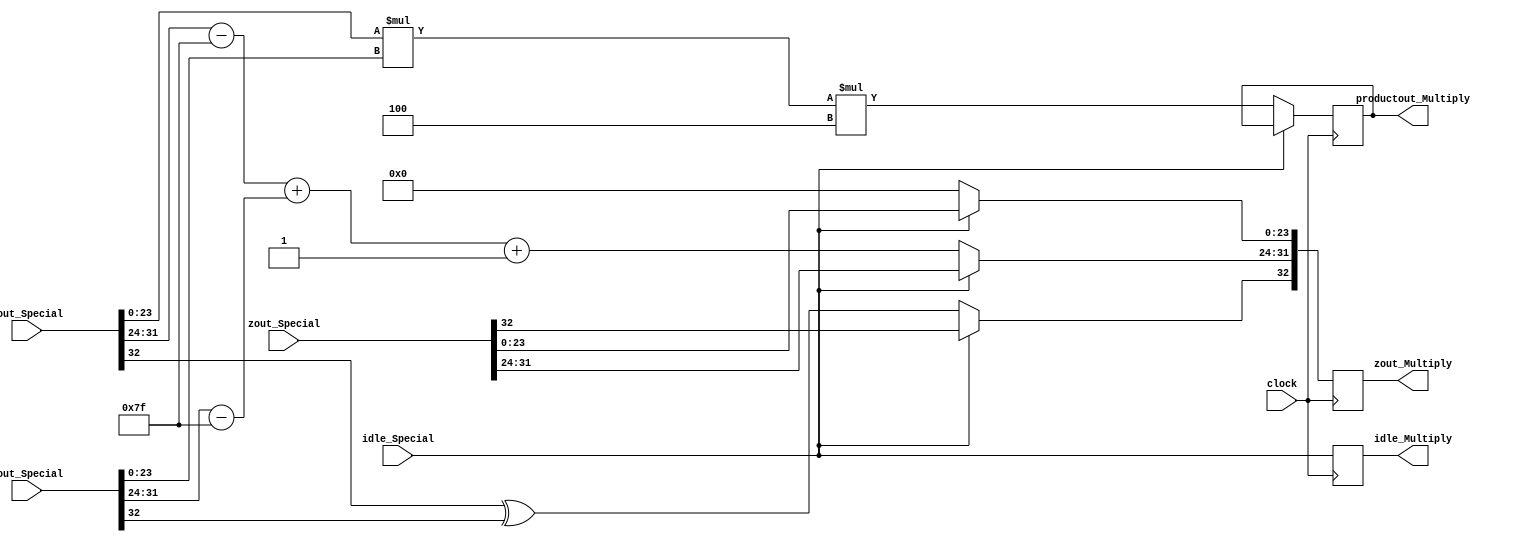
`timescale 1ns / 1ps
//////////////////////////////////////////////////////////////////////////////////
// Company: 
// Engineer: 
// 
// Design Name: 
// Module Name:    MultiplyMult 
// Project Name: 
// Target Devices: 
// Tool versions: 
// Description: 
//
// Dependencies: 
//
// Revision: 
// Revision 0.01 - File Created
// Additional Comments: 
//
//////////////////////////////////////////////////////////////////////////////////
module MultiplyMult(
	input [32:0] aout_Special,
	input [32:0] bout_Special,
	input [32:0] zout_Special,
	input idle_Special,
	input clock,
	output reg idle_Multiply,
	output reg [32:0] zout_Multiply,
	output reg [49:0] productout_Multiply
    );

parameter no_idle = 1'b0,
			 put_idle = 1'b1;

wire a_sign;
wire [7:0] a_exponent;
wire [23:0] a_mantissa;

wire b_sign;
wire [7:0] b_exponent;
wire [23:0] b_mantissa;

assign a_sign = aout_Special[32];
assign a_exponent = aout_Special[31:24] - 127;
assign a_mantissa = {aout_Special[23:0]};

assign b_sign = bout_Special[32];
assign b_exponent = bout_Special[31:24] - 127;
assign b_mantissa = {bout_Special[23:0]};

			 
always @ (posedge clock)
begin

	idle_Multiply <= idle_Special;
	
	if (idle_Special == no_idle) begin
	
		zout_Multiply[32] <= a_sign ^ b_sign;
		zout_Multiply[31:24] <= a_exponent + b_exponent + 1;
		zout_Multiply[23:0] <= 0;
		productout_Multiply <= a_mantissa * b_mantissa * 4;
		
	end
	
	else begin
		zout_Multiply <= zout_Special;
	end
	
end
endmodule